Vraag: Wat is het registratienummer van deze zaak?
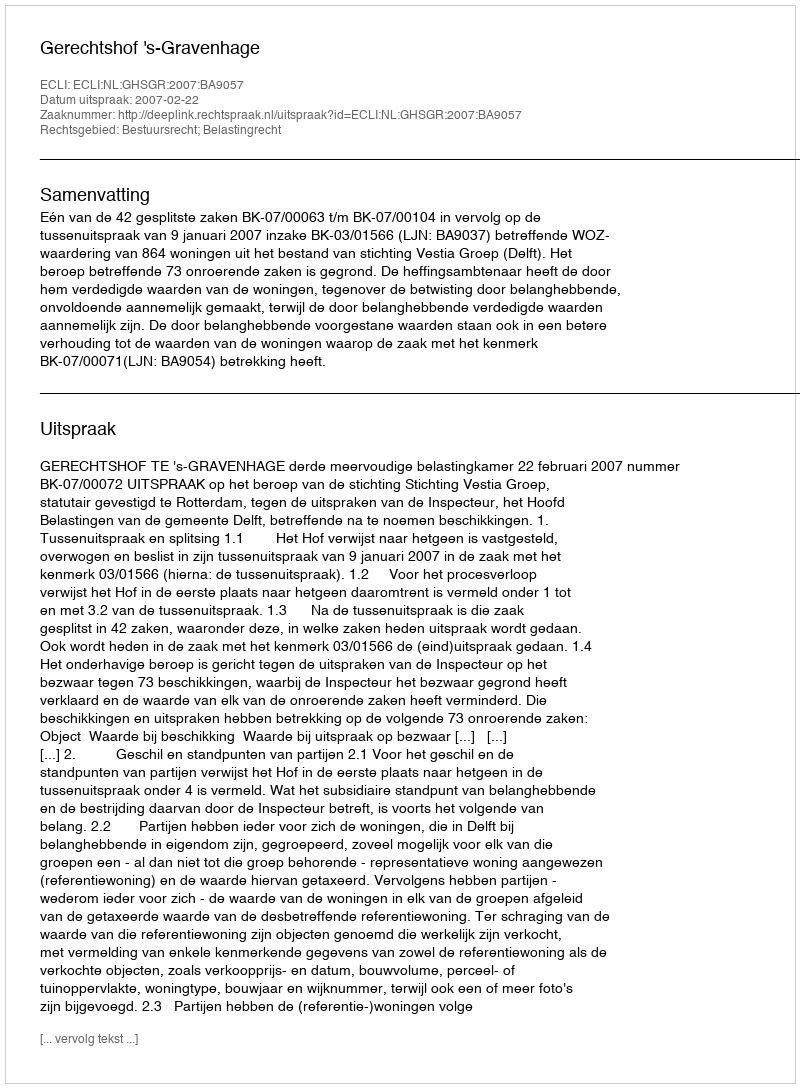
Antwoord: http://deeplink.rechtspraak.nl/uitspraak?id=ECLI:NL:GHSGR:2007:BA9057